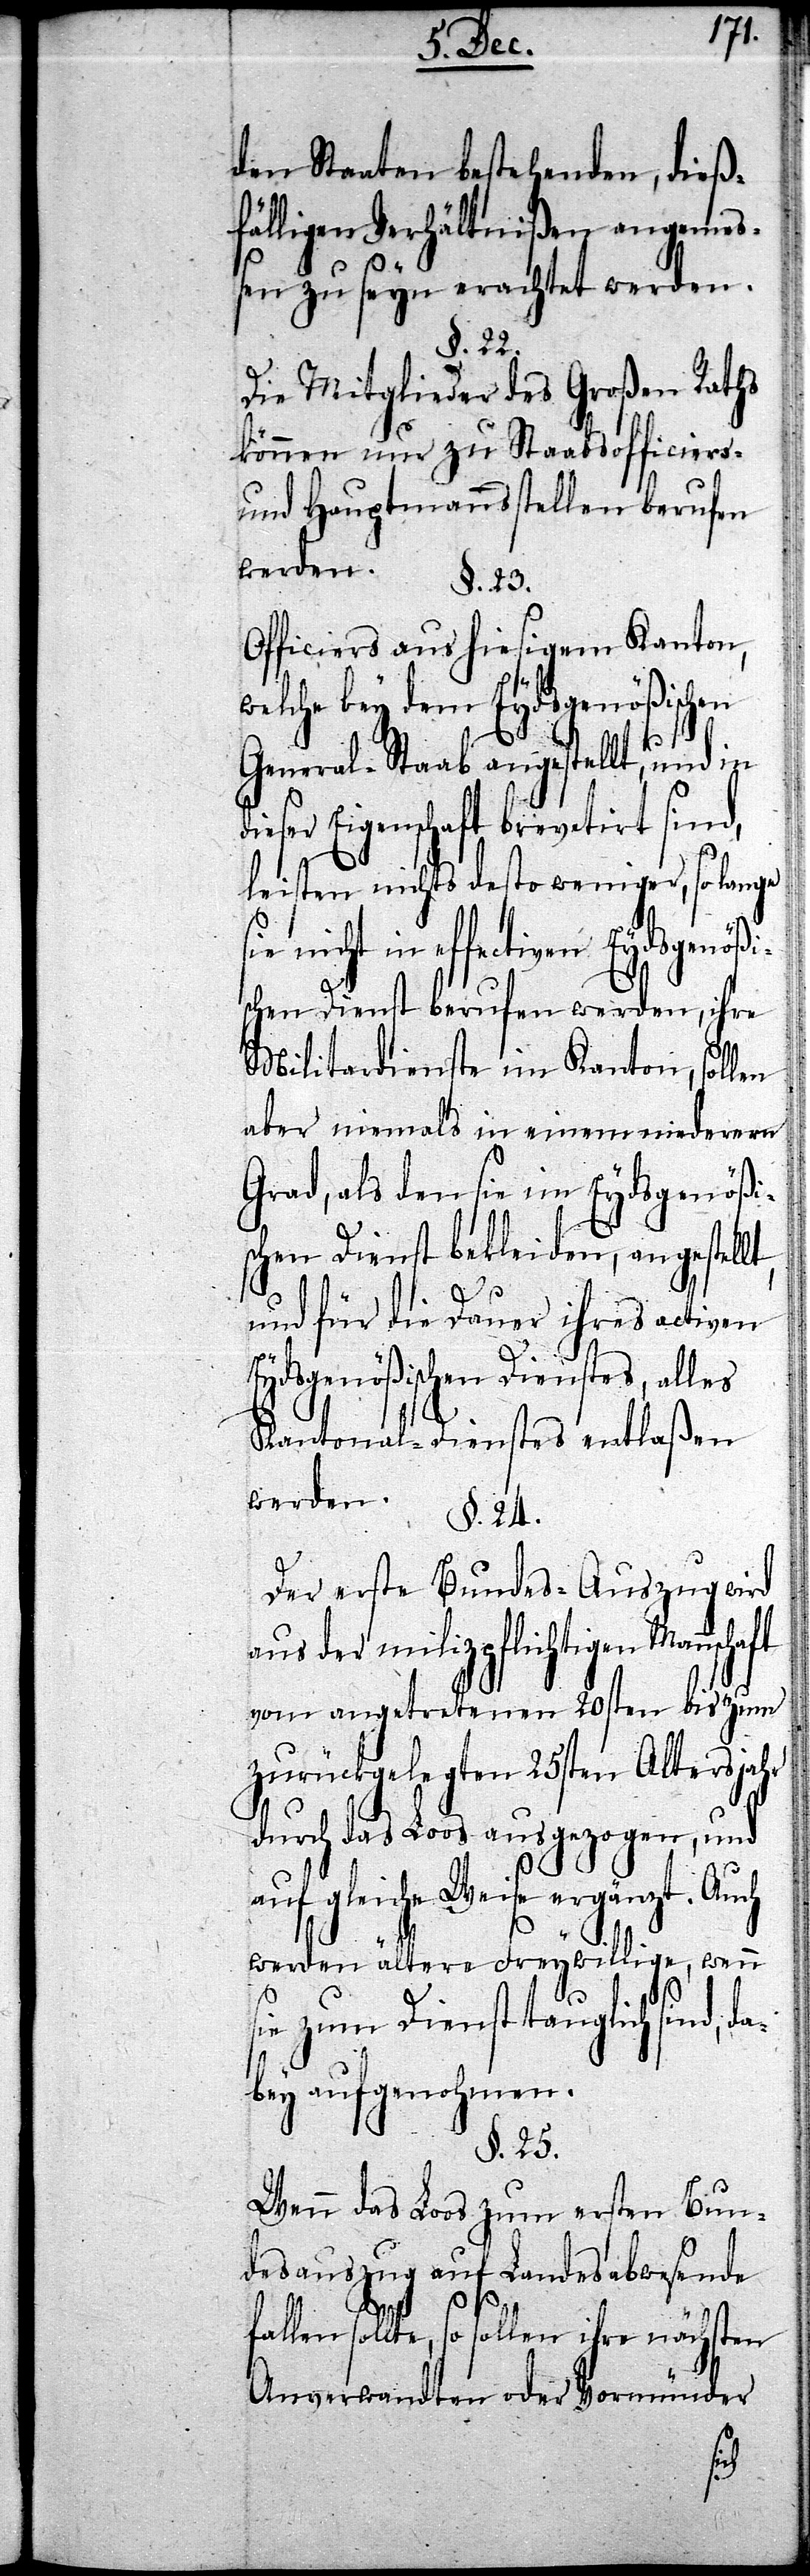
den Staaten bestehenden, dieß¬
fälligen Verhältnißen angemeß¬
en zu seyn erachtet werden.
§. 22.
Die Mitglieder des Großen Raths
können nur zu Stabsofficiers-
und Hauptmannsstellen berufen
Officiers aus hiesigem Kanton,
welche bey dem Eydsgenößischen
General-Staab angestellt, und in
eser Eigenschaft brevetirt sind,
leisten nichts desto weniger, so lange
in effectiven Eydsgenö¬
schen Dienst berufen werden, ihre
Militardienste im Kanton, sollen
aber niemals in einem niederern
Grad, als den sie im Eydsgenößi¬
schen Dienst bekleiden, angestellt
und für die Dauer ihres activen
Eydsgenößischen Dienstes, alles
Kantonal-Dienstes entlaßen
werden.
§. 24.
Der erste Bundes-Auszug wird
aus der milizpflichtigen
vom angetretenen 20sten bis zum
zurückgelegten 25sten Altersjahr
durch das Loos ausgezogen, und
auf gleiche Weise ergänzt. Auch
werden ältere Freywillige, wenn
ie zum Dienst tauglich sind,
bey aufgenohmen.
§. 25.
Wenn das Loos zum ersten Bun¬
desauszug auf Landesabwesende
sollte, so sollen ihre nächsten
Anverwandten oder Vormünder
da¬